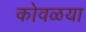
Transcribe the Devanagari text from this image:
कोवळया